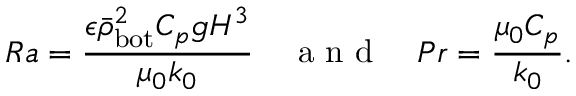
R a = \frac { \epsilon \bar { \rho } _ { \mathrm { b o t } } ^ { 2 } C _ { p } g H ^ { 3 } } { \mu _ { 0 } k _ { 0 } } \quad \mathrm { ~ a ~ n ~ d ~ } \quad P r = \frac { \mu _ { 0 } C _ { p } } { k _ { 0 } } .